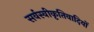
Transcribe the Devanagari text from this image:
सर्वस्वीकृतिवादियों